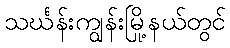
သင်္ဃန်းကျွန်းမြို့နယ်တွင်